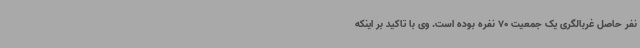
نفر حاصل غربالگری یک جمعیت 70 نفره بوده است. وی با تاکید بر اینکه